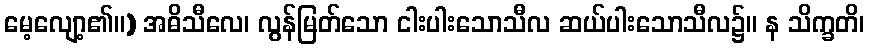
မေ့လျော့၏။) အဓိသီလေ၊ လွန်မြတ်သော ငါးပါးသောသီလ ဆယ်ပါးသောသီလ၌။ န သိက္ခတိ၊